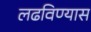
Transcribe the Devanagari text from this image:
लढविण्यास